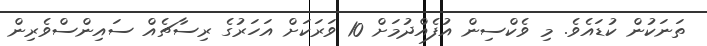
ތަނަކުން ކުޑައެވެ. މި ވެކްސިން އުފެއްދުމަށް 10 ވަރަކަށް އަހަރުގެ ރިސާޗެއް ސައިންސްވެރިން